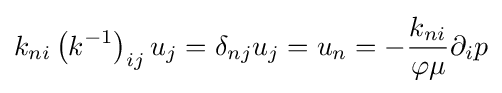
k_{ni}\left(k^{-1}\right)_{ij}u_{j}=\delta _{nj}u_{j}=u_{n}=-{\frac {k_{ni}}{\varphi \mu }}\partial _{i}p